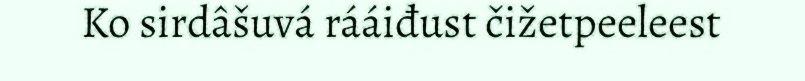
Ko sirdâšuvá rááiđust čižetpeeleest